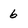
Character: 6